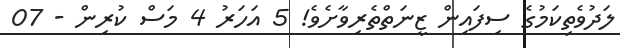
ލަދުވެތިކަމުގެ ސިފައިން ޒީނަތްތެރިވާށެވެ! 5 އަހަރު 4 މަސް ކުރިން - 07